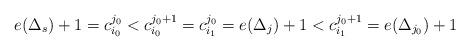
LaTeX: \begin{align*}e(\Delta_s)+1 = c^{j_0}_{i_0} < c^{j_0+1}_{i_0} = c^{j_0}_{i_1} = e(\Delta_j)+1 < c^{j_0+1}_{i_1} = e(\Delta_{j_0})+1\end{align*}